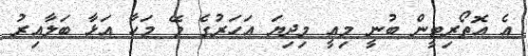
އެ އޮތޯރިޓީން ބުނީ މިއީ މިދިޔަ އަހަރުގެ މޭ މަހާ އަޅާ ބަލާއިރު